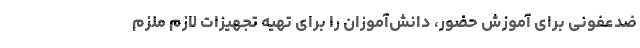
ضدعفونی برای آموزش حضور، دانش‌آموزان را برای تهیه تجهیزات لازم ملزم